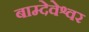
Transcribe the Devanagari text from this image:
बाम्देवेश्वर